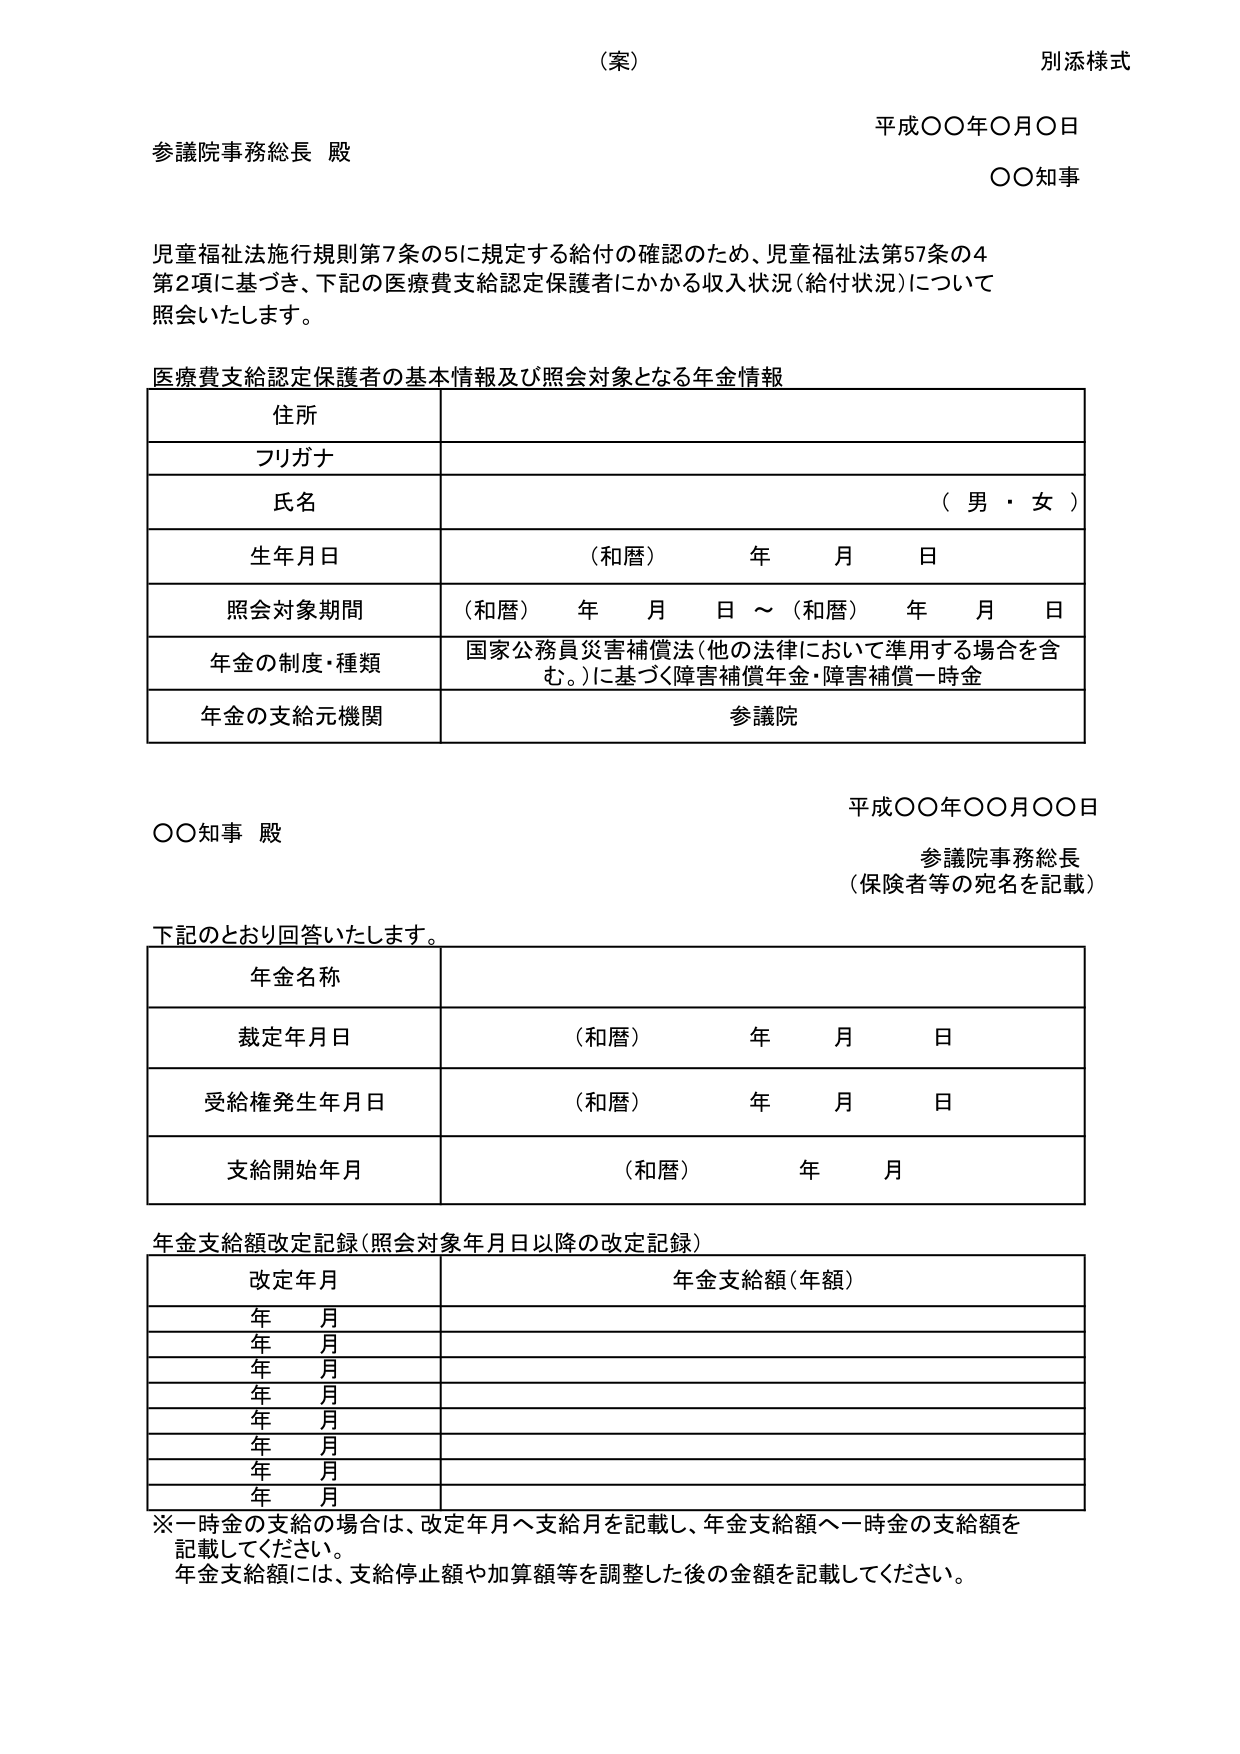
（案）
別添様式

平成〇〇年〇月〇日
〇〇知事

参議院事務総長 殿

児童福祉法施行規則第7条の5に規定する給付の確認のため、児童福祉法第57条の4
第2項に基づき、下記の医療費支給認定保護者にかかる収入状況（給付状況）について
照会いたします。

医療費支給認定保護者の基本情報及び照会対象となる年金情報

| 住所 |
|------|
| フリガナ |
| 氏名 | （男・女） |
| 生年月日 | （和暦） 年 月 日 |
| 照会対象期間 | （和暦） 年 月 日 ～ （和暦） 年 月 日 |
| 年金の制度・種類 | 国家公務員災害補償法（他の法律において準用する場合を含む。）に基づく障害補償年金・障害補償一時金 |
| 年金の支給元機関 | 参議院 |

平成〇〇年〇〇月〇〇日
〇〇知事 殿
参議院事務総長
（保険者等の宛名を記載）

下記のとおり回答いたします。

| 年金名称 |
|----------|
| 裁定年月日 | （和暦） 年 月 日 |
| 受給権発生年月日 | （和暦） 年 月 日 |
| 支給開始年月 | （和暦） 年 月 |

年金支給額改定記録（照会対象年月日以降の改定記録）

| 改定年月 | 年金支給額（年額） |
|----------|------------------|
| 年 月 | |
| 年 月 | |
| 年 月 | |
| 年 月 | |
| 年 月 | |
| 年 月 | |
| 年 月 | |
| 年 月 | |

※一時金の支給の場合は、改定年月へ支給月を記載し、年金支給額へ一時金の支給額を
記載してください。
年金支給額には、支給停止額や加算額等を調整した後の金額を記載してください。